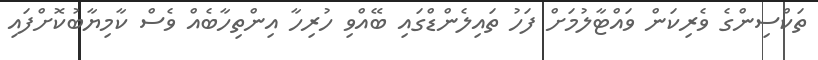
ތަކްސިންގެ ވެރިކަން ވައްޓާލުމަށް ފަހު ތައިލެންޑްގައި ބޭއްވި ހުރިހާ އިންތިހާބެއް ވެސް ކާމިޔާބުކޮށްފައި